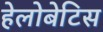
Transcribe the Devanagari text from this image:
हेलोबेटिस